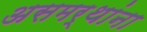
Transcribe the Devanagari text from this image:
असमर्थांना